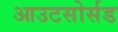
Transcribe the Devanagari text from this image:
आउटसोर्सड